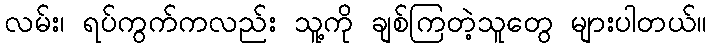
လမ်း၊ ရပ်ကွက်ကလည်း သူ့ကို ချစ်ကြတဲ့သူတွေ များပါတယ်။